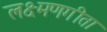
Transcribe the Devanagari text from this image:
लक्ष्मणगीता